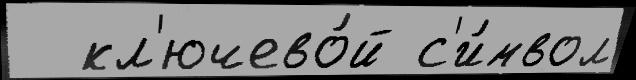
  кл'ючево́й с'и́мвол